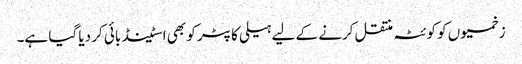
زخمیوں کو کوئٹہ منتقل کرنے کے لیے ہیلی کاپٹر کو بھی اسٹینڈ بائی کر دیا گیا ہے۔